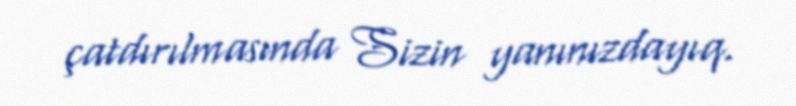
çatdırılmasında Sizin yanınızdayıq.